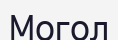
Могол